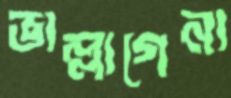
ভাল্লাগেনা